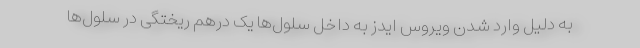
به دلیل وارد شدن ویروس ایدز به داخل سلول‌ها یک درهم ریختگی‌ در سلول‌ها